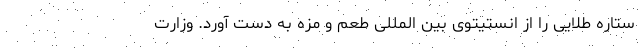
ستاره طلایی را از انستیتوی بین المللی طعم و مزه به دست آورد. وزارت